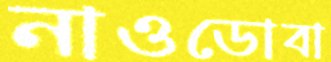
নাওডোবা